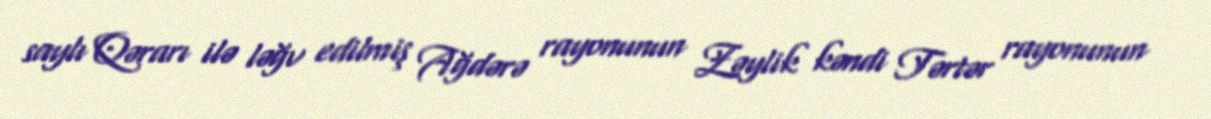
saylı Qərarı ilə ləğv edilmiş Ağdərə rayonunun Zəylik kəndi Tərtər rayonunun